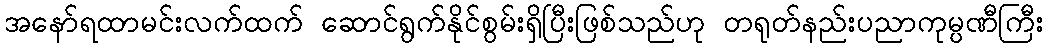
အနော်ရထာမင်းလက်ထက် ဆောင်ရွက်နိုင်စွမ်းရှိပြီးဖြစ်သည်ဟု တရုတ်နည်းပညာကုမ္ပဏီကြီး